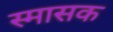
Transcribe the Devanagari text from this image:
स्मासक